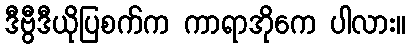
ဒီဗွီဒီယိုပြစက်က ကာရာအိုကေ ပါလား။